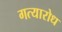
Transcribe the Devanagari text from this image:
गत्यारोध